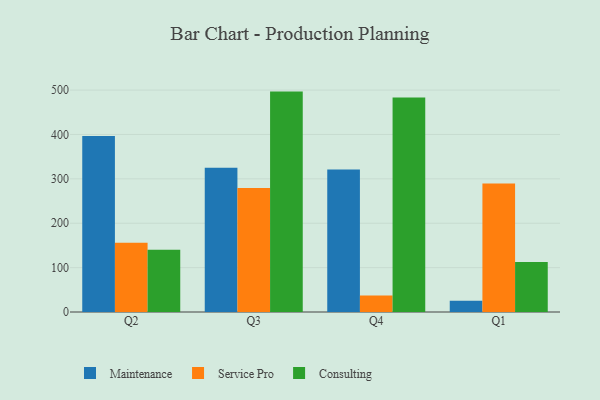
{"axis": {"x": "Quarter", "y": "Gross Profit (USD K)"}, "legend": ["Consulting", "Maintenance", "Service Pro"], "data": [{"x": "Q2", "y": 396.8, "type": "Maintenance"}, {"x": "Q2", "y": 156.2, "type": "Service Pro"}, {"x": "Q2", "y": 140.4, "type": "Consulting"}, {"x": "Q3", "y": 325.1, "type": "Maintenance"}, {"x": "Q3", "y": 279.5, "type": "Service Pro"}, {"x": "Q3", "y": 496.6, "type": "Consulting"}, {"x": "Q4", "y": 321.0, "type": "Maintenance"}, {"x": "Q4", "y": 37.1, "type": "Service Pro"}, {"x": "Q4", "y": 483.1, "type": "Consulting"}, {"x": "Q1", "y": 25.6, "type": "Maintenance"}, {"x": "Q1", "y": 289.8, "type": "Service Pro"}, {"x": "Q1", "y": 112.6, "type": "Consulting"}]}